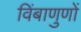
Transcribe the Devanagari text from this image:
विंबाणुणों